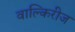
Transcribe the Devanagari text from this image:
वाल्किरीज